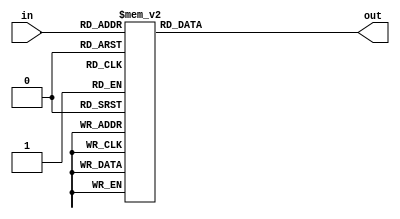
module led7 (in, out);
	input [3:0] in;
	output reg [6:0] out;
	
	always @ (in) begin
		case(in)
			1: out = 7'b0000110;
			2: out = 7'b1011011;
			3: out = 7'b1001111;
			4: out = 7'b1100110;
			5: out = 7'b1101101;
			6: out = 7'b1111101;
			7: out = 7'b0000111;
			8: out = 7'b1111111;
			9: out = 7'b1101111;
			default: out = 7'b0111111;
		endcase
	end 
endmodule